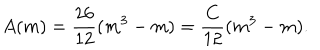
A ( m ) = \frac { 2 6 } { 1 2 } ( m ^ { 3 } - m ) = \frac { C } { 1 2 } ( m ^ { 3 } - m ) .